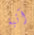
آتية